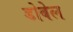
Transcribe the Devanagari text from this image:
डोबेल